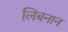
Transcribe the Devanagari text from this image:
लिबनान